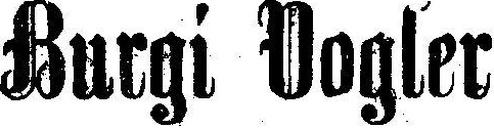
Burgi Vogler